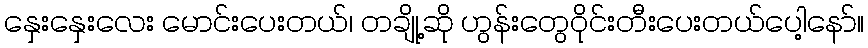
နှေးနှေးလေး မောင်းပေးတယ်၊ တချို့ဆို ဟွန်းတွေဝိုင်းတီးပေးတယ်ပေါ့နော်။